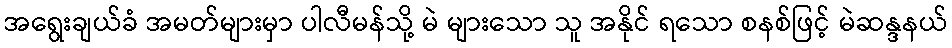
အရွေးချယ်ခံ အမတ်များမှာ ပါလီမန်သို့ မဲ များသော သူ အနိုင် ရသော စနစ်ဖြင့် မဲဆန္ဒနယ်